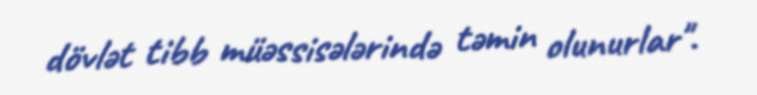
dövlət tibb müəssisələrində təmin olunurlar".